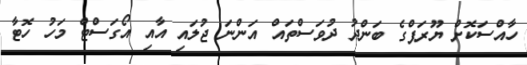
ހާއްސަކޮށް ޔޫރަޕްގެ ބަންދު ދުވަސްތައް އަންނަ ޖުލައި އާއި އޯގަސްޓް މަހު ހޮޓާ